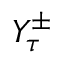
Y _ { \tau } ^ { \pm }